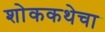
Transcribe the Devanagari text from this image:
शोककथेचा